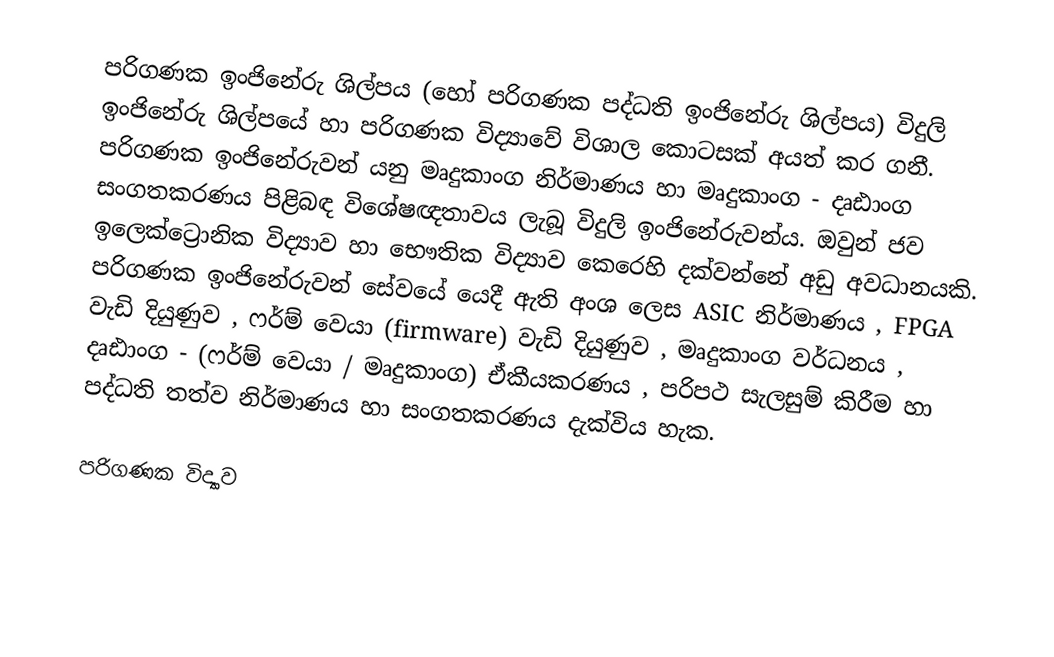
පරිගණක ඉංජිනේරු ශිල්පය (හෝ පරිගණක පද්ධති ඉංජිනේරු ශිල්පය) විදුලි ඉංජිනේරු ශිල්පයේ හා පරිගණක විද්‍යාවේ විශාල කොටසක් අයත් කර ගනී. පරිගණක ඉංජිනේරුවන් යනු මෘදුකාංග නිර්මාණය හා මෘදුකාංග - දෘඪාංග සංගතකරණය පිළිබඳ විශේෂඥතාවය ලැබූ විදුලි ඉංජිනේරුවන්ය. ඔවුන් ජව ඉලෙක්ට්‍රොනික විද්‍යාව හා භෞතික විද්‍යාව කෙරෙහි දක්වන්නේ අඩු අවධානයකි. පරිගණක ඉංජිනේරුවන් සේවයේ යෙදී ඇති අංශ ලෙස ASIC නිර්මාණය , FPGA  වැඩි දියුණුව , ෆර්ම් වෙයා (firmware) වැඩි දියුණුව , මෘදුකාංග වර්ධනය , දෘඪාංග - (ෆර්ම් වෙයා / මෘදුකාංග) ඒකීයකරණය , පරිපථ සැලසුම් කිරීම හා පද්ධති තත්ව නිර්මාණය හා සංගතකරණය දැක්විය හැක.

පරිගණක විද්‍යාව